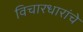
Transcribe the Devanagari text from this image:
विचारधारांचे